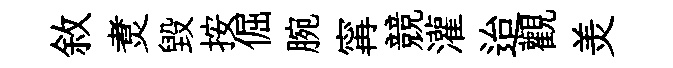
敘煑毀按倔腕𡩋競灌迨觀羙